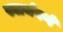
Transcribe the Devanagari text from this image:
स्वार्थपणे